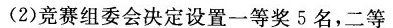
(2)竞赛组委会决定设置一等奖5名，二等